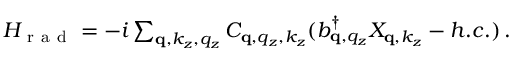
\begin{array} { r } { H _ { \mathrm { ~ r ~ a ~ d ~ } } = - i \sum _ { \mathbf q , k _ { z } , q _ { z } } C _ { \mathbf q , q _ { z } , k _ { z } } ( b _ { \mathbf q , q _ { z } } ^ { \dagger } X _ { \mathbf q , k _ { z } } - h . c . ) \, . } \end{array}